Newspaper: Pioche daily record. [volume]
Place of publication: Pioche, Nev.
Publisher: Pat Holland
Date: 1875-07-31 00:00:00
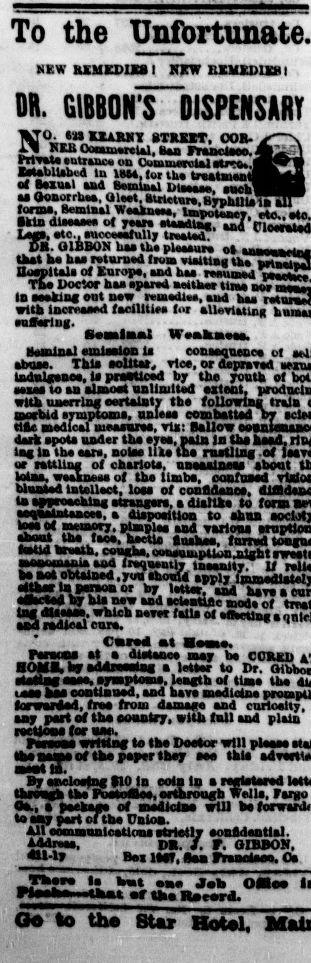
Advertisement text (OCR):
To the Unfortunate. MEW REMEDIES NEW BXMXDIX8I DR. GIBBON'S DISPENSARY TbTO. JMIXXAJLNY STREET, COB, s. ' "eamarsm. aaa rranclseo.s-s J "fane on Uummnj4let-.y f) stabUsbed In mm, iw the treatment! " Baiual and Bemtnal Diaaaaa, sch J as Oonorrhea. Oleet, StrletirsTsranBlsiaatP lurwe, mum weesneea, Imnoteae eta. ata. kin disease ot TlaV. " C ltS - Leas, etc, suooeeafully treated; """" DB. GIBBON has the pleasure a iraiaa ih that he has retamed Irum etaltlag the artMS Bospltals of Europe, and aaa resumed i um vww umm ayuw miaes tuns nor la BsaklBB ant new remedies, and k.. with increased facilities (ot alleelaung auBwiug. Beanlaa1 Weafcaeea. "'' emission is ooaaaanenea ot abuse. This so 11 tar, Tios. or dsDraTSd tBdnlaaaaa, is prsaticad by the youth of eases to an almost unllnittod aslant, with unerring aartaiaty the following traja Bwrbid sympMBU, unleas com bat ted by tine medical measures, trig: Sallow dark epoU under ths eyes, pain In ths kssd, lag la the ears, aolas like the rustling .of let or rattling of chariots, uneasiness About kdaa, weakness of the limbs, confused Planted Intellect, loss of eonfldanns, a Bparoasning strangers, a dUlUa to I orss acquaintances, a disposition to ahaa toss ot awoory, pimples and variooa o" faca, heetto Biuhes, tarred 'vm, eonsuaipurtii.BUnt mnoomima aad Ireqoently tnaaaityv Ii be not obtained. you thouf4 apply either la peraoa or by ltei. and hsreVcu atketad by his new and BcWaUaoaTof trr. tlSKS' m 01 """" "Bk Cwrwsl a Uamtm. Fanoaa at a dietanee assy be CUBED BOMB, by sddreasiBg a letter to Dr. atatiag ease, eymptoaos, leagth ol tims the uat baa ooatiaoad, and bava mediates forwarded, free from dsmsaa aad curiosity, say part of the country, with (nil sad plain lactsoad (or aaa. Penoas writing to the Doctor will please name ot ths psper they aaa that By sneloetng 110 la coin la registered threagh the PueaoSoe,erthroob Wells, Fargo Oe., peekaee of medMna will ha ta say part of ths Union. all eomatnaicatloas atrMly eonfldantlal. kAdrees, p,. . a, GIBBON, dll-ly Be latT, Sa Franniann, Oa maa la bet aaa Jab OHos I sHaaami i that af th, Raewra. 0 to the Star IXotol,
Label: illustrations